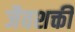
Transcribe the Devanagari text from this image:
जैवशक्ती